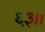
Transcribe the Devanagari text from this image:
६३।।